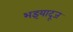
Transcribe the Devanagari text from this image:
भइयादूज